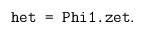
\begin{align*}\mbox{\tt het = Phi1.zet}.\end{align*}